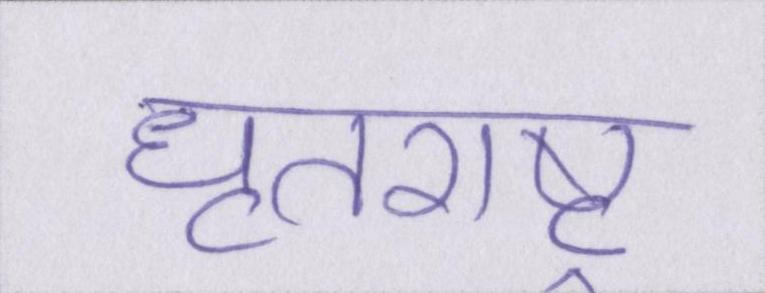
धृतराष्ट्र